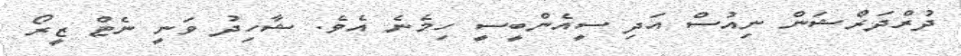
ދުރްދަރްޝަން ނިއުސް އަދި ސީއެންބީސީ ހިމެނެ އެވެ. ޝާހިދު ވަނީ ނެޓް ޒީރޯ